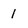
Character: 1